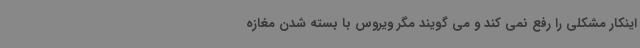
اینکار مشکلی را رفع نمی کند و می گویند مگر ویروس با بسته شدن مغازه